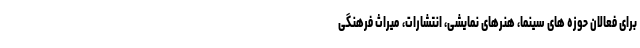
برای فعالان حوزه های سینما، هنرهای نمایشی، انتشارات، میراث فرهنگی